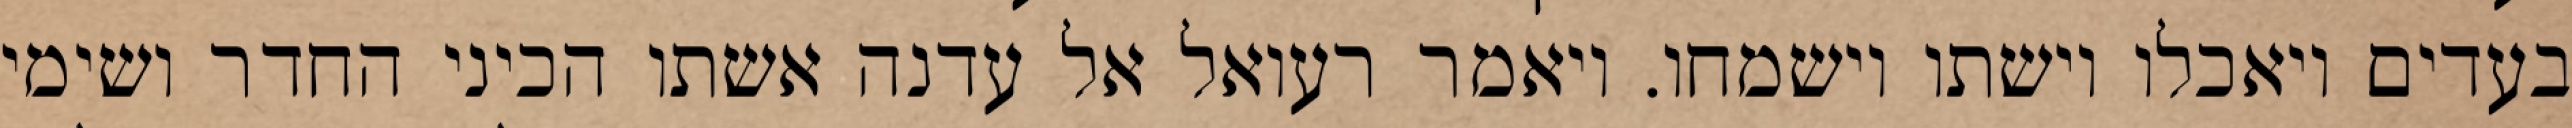
בעדים ויאכלו וישתו וישמחו. ויאמר רעואל אל עדנה אשתו הכיני החדר ושימי